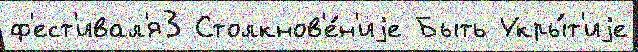
ф'ест'ивал'я3 Столкнов'е́н'иjе Быть Укры́т'иjе